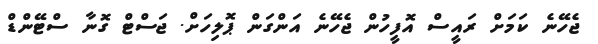
ޖެހޭނެ ކަމަށް ރައީސް އޮފީހުން ޖެހޭނެ އަންގަން ޕޮލިހަށް. ޖަސްޓް ގޮނާ ސްޓޭންޑް